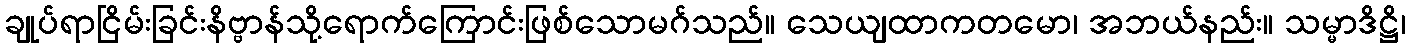
ချုပ်ရာငြိမ်းခြင်းနိဗ္ဗာန်သို့ရောက်ကြောင်းဖြစ်သောမဂ်သည်။ သေယျထာကတမော၊ အဘယ်နည်း။ သမ္မာဒိဋ္ဌိ၊